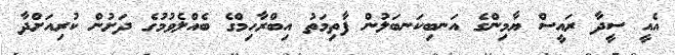
އެއީ ސީދާ ރައީސް ޔާމިންގެ އަނބިކަނބަލުން ފާތިމަތު އިބްރާހިމްގެ ބެއްލެވުމުގެ ދަށުން ކުރިއަށްދާ